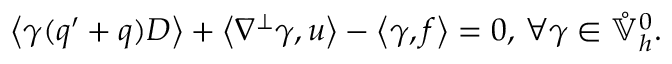
\left\langle \gamma ( q ^ { \prime } + q ) D \right\rangle + \left\langle \nabla ^ { \perp } \gamma , u \right\rangle - \left\langle \gamma , f \right\rangle = 0 , \, \forall \gamma \in \mathring { \mathbb { V } } _ { h } ^ { 0 } .